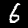
Label: 6